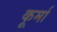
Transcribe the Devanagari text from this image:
कूर्मा